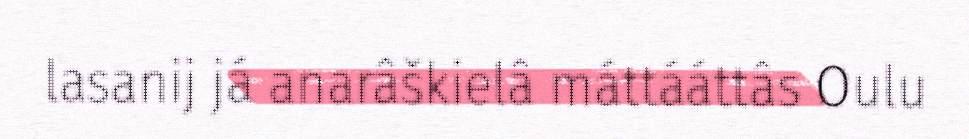
lasanij já anarâškielâ máttááttâs Oulu